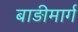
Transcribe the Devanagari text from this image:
बाड़ीमार्ग